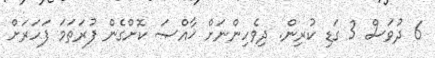
6 ދުވަސް 3 ގަޑި ކުރިން. ދިވެހިންނަށް ޚާއްޞަ ކޮށްގެން ފުރަތަމަ ފަހަރަށް